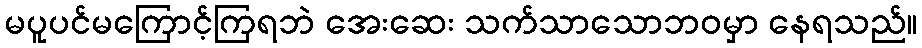
မပူပင်မကြောင့်ကြရဘဲ အေးဆေး သက်သာသောဘဝမှာ နေရသည်။